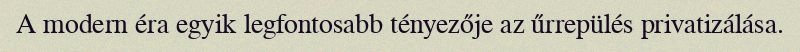
A modern éra egyik legfontosabb tényezője az űrrepülés privatizálása.